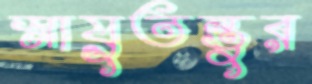
স্নায়ুতন্তুর